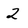
Character: 2